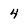
Character: 4